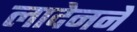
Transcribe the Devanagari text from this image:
लादेनने